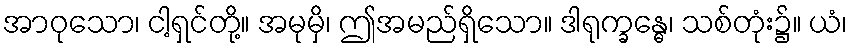
အာဝုသော၊ ငါ့ရှင်တို့။ အမုမှိ၊ ဤအမည်ရှိသော။ ဒါရုက္ခန္ဓေ၊ သစ်တုံး၌။ ယံ၊